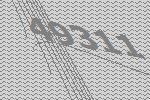
49311